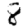
Digit: 8